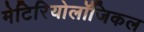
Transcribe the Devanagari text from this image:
मेटिरियोलॉजिकल